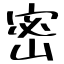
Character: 密